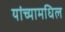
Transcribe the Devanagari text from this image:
यांच्यामधिल